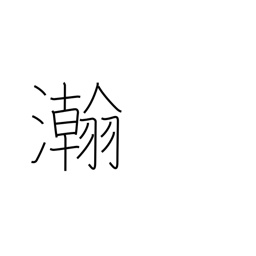
Meaning: wide & large